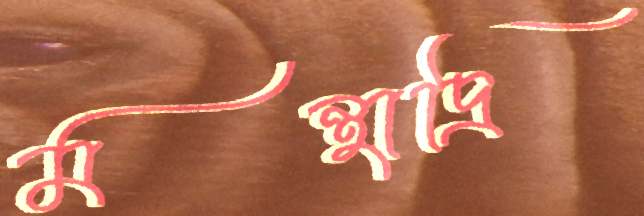
মন্থাদ্রি